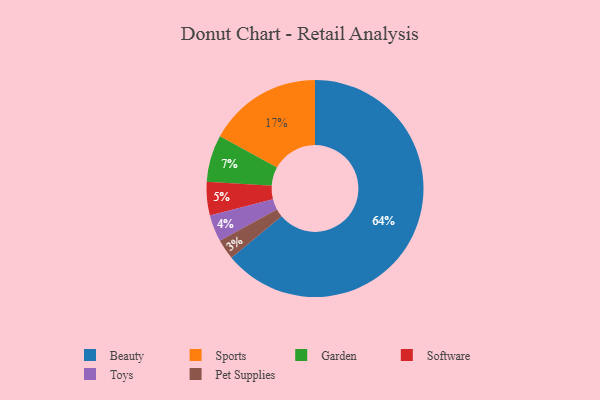
{"axis": {"x": "Category", "y": "Percentage"}, "legend": ["Beauty", "Garden", "Pet Supplies", "Software", "Sports", "Toys"], "data": [{"x": "Software", "y": 5, "type": "Software"}, {"x": "Toys", "y": 4, "type": "Toys"}, {"x": "Beauty", "y": 64, "type": "Beauty"}, {"x": "Garden", "y": 7, "type": "Garden"}, {"x": "Sports", "y": 17, "type": "Sports"}, {"x": "Pet Supplies", "y": 3, "type": "Pet Supplies"}]}